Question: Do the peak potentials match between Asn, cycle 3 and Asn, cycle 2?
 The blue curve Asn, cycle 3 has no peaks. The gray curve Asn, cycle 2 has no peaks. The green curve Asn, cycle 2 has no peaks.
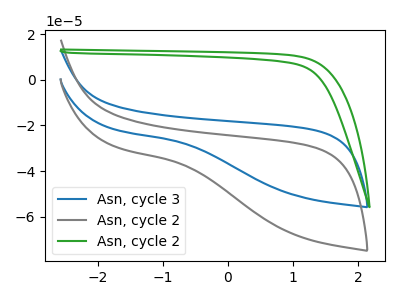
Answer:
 <answer>Niether CV has any peaks.</answer>
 <eval>blanks</eval>